Summary of further report on surra
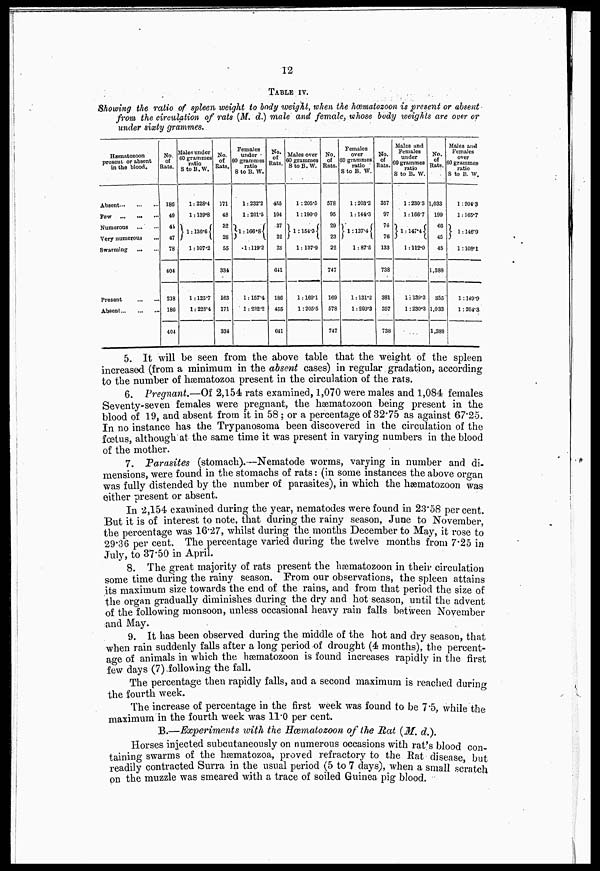
12
TABLE IV.
Showing the ratio of spleen weight to body weight, when the hæmatozoon is present or absent
from the circulation of rats [M. d.) male and female, whose body weights are over or
under sixty grammes.
Hæmatozoon
present or absent
in the blood.
Absent
Few
Numorons
Very numerous
Swarming
...
Present
Absent
No.
of
Rats.
186
40
41
47
78
404
218
186
404
Males under
60 grammes
ratio
S toB.W.
1:228.4
1:139.8
1:136.61
1:107.2
1 :125.7
1:228.4
No.
of
Rats.
171
48
32
28
55
334
163
171
334
Females
under
60 grammes
ratio
S to B. W.
1:232.2
1:201.5
1:166.8
1:119.2
1:157.4
1 :232.2
No.
of
Rats.
455
104
37
22
23
611
186
455
641
Males over
60 grammes
StoB.W.
1:205.5
1:190.0
1:154.3
1: 137.9
1:169.1
1:205.5
No.
of
Rats.
578
95
29
23
22
747
169
578
747
Females
over
60 grammes
ratio
S to B. W.
1:203.3
1:144.3
l: 137.4
1:87.5
1:131.2
1:203.3
Ho.
of
Rats.
357
97
76
76
133
738
381
357
738
Males and
Females
under
60 grammes
ratio
S to B. W.
l:230.3
1:166.7
1:147.4
1 :112.0
1: 139.3
1 :230.3
No.
of
Rats.
1,033
199
66
45
45
1,388
355
1,033
1,383
Males and
Females
over
60 grammes
ratio
S to B. W.
1:204.3
1:165.7
1:146.9
1:108.1
1:149.9
1:204.3
5. It will be seen from the above table that the weight of the spleen
increased (from a minimum in the absent cases) in regular gradation, according
to the number of hæmatozoa present in the circulation of the rats.
6. Pregnant.—Of 2,154 rats examined, 1,070 were males and 1,084 females
Seventy-seven females were pregnant, the hæmatozoon being present in the
blood of 19, and absent from it in 58 ; or a percentage of 32.75 as against 67.25.
In no instance has the Trypanosoma been discovered in the circulation of the
fœtus, although at the same time it was present in varying numbers in the blood
of the mother.
7. Parasites (stomach).—Nematode worms, varying in number and di-
mensions, were found in the stomachs of rats: (in some instances the above organ
was fully distended by the number of parasites), in which the hæmatozoon was
either present or absent.
In 2,154 examined during the year, nematodes were found in 23.58 per cent.
But it is of interest to note, that during the rainy season, June to November,
the percentage was 16.27, whilst during the months December to May, it rose to
29.36 per cent. The percentage varied during the twelve months from 7.25 in
July, to 37.50 in April.
8. The great majority of rats present the hæmatozoon in their circulation
some time during the rainy season. From our observations, the spleen attains
its maximum size towards the end of the rains, and from that period the size of
the organ gradually diminishes during the dry and hot season, until the advent
of the following monsoon, unless occasional heavy rain falls between November
and May.
9. It has been observed during the middle of the hot and dry season, that
when rain suddenly falls after a long period of drought (4 months), the percent-
age of animals in which the hæmatozoon is found increases rapidly in the first
few days (7) following the fall.
The percentage then rapidly falls, and a second maximum is reached during
the fourth week.
The increase of percentage in the first week was found to be 7.5, while the
maximum in the fourth week was 11.0 per cent.
B.—Experiments with the Hæmatozoon of the Rat (M. d.).
Horses injected subcutaneonsly on numerous occasions with rat's blood con-
taining swarms of the hæmatozoa, proved refractory to the Rat disease, but
readily contracted Surra in the usual period (5 to 7 days), when a small scratch
on the muzzle was smeared with a trace of soiled Guinea pig blood.